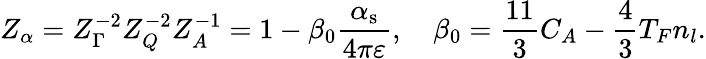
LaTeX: Z_{\alpha}=Z_{\Gamma}^{-2}Z_{Q}^{-2}Z_{A}^{-1}=1-\beta_{0}\frac{\alpha_{\mathrm{s}}}{4\pi\varepsilon},\quad\beta_{0}=\frac{11}{3}C_{A}-\frac{4}{3}T_{F}n_{l}.